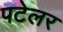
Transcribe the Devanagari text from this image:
पटेलर